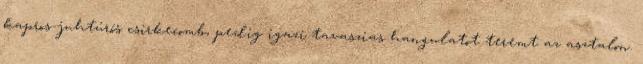
kapros-juhtúrós csirkecomb, pedig igazi tavaszias hangulatot teremt az asztalon.